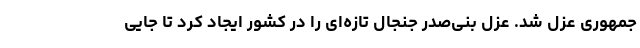
جمهوری عزل شد. عزل بنی‌صدر جنجال تازه‌ای را در کشور ایجاد کرد تا جایی